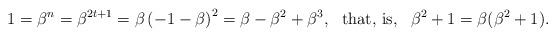
LaTeX: \begin{align*}1 = \beta^n = \beta^{2 t + 1} = \beta \left( -1 - \beta \right)^2 = \beta - \beta ^2 + \beta ^3 , \ \ \mbox{that, is}, \ \ \beta^2 + 1 = \beta (\beta^2 + 1). \end{align*}